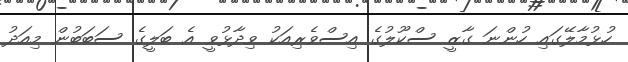
ހުޅުމާލޭގައި ހުންނަ ގާޒީ ސްކޫލުގެ އިސްވެރިއަކު ވިދާޅުވީ އެ ބަލީގެ ސަބަބުން މިއަދު